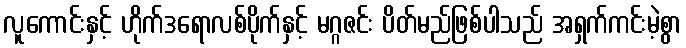
လူကောင်းနှင့် ဟိုက်ဒရောလစ်ပိုက်နှင့် မဂ္ဂဇင်း ပိတ်မည်ဖြစ်ပါသည် အရှက်ကင်းမဲ့စွာ